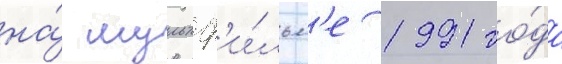
на́ мультф'и́льм'е 1991 го́да